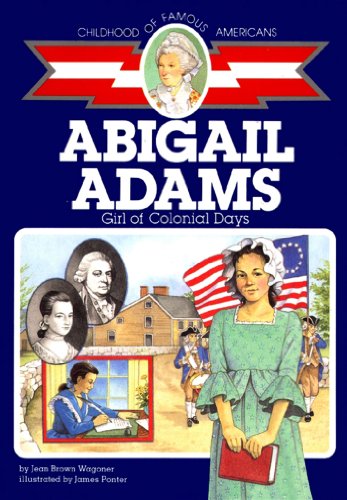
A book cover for Abigail Adams: Girl of Colonial Days (Childhood of Famous Americans); Jean Brown Wagoner; Children's Books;